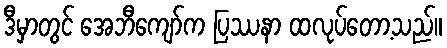
ဒီမှာတွင် အေဘီကျော်က ပြဿနာ ထလုပ်တော့သည်။